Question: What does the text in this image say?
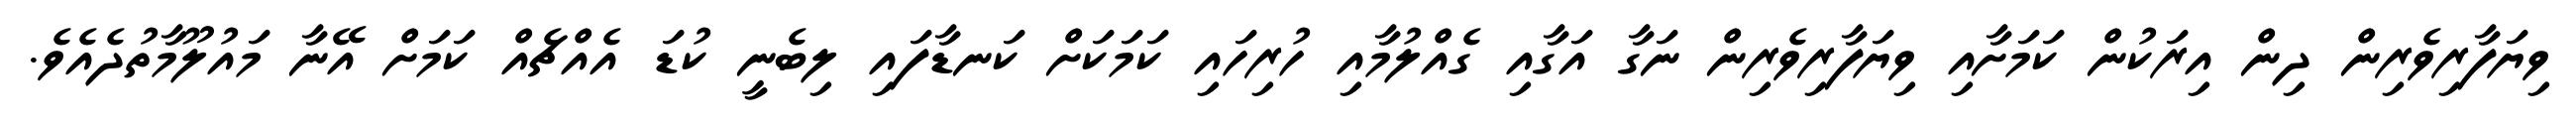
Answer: ވިޔަފާރިވެރިން ދިން އިރަކުން ކަމަށާއި ވިޔަފާރިވެރިން ނަގާ އަގާއި ގެއްލުމާއި ހުރިހައި ކަމަކަށް ކަނޑާފައި ލިބެނީ ކުޑަ އެއްޗެއް ކަމަށް އޭނާ މައުލޫމާތުދެއެވެ.